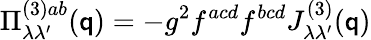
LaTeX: \Pi_{\lambda\lambda^{\prime}}^{(3)ab}(\mathsf{q})=-g^{2}f^{acd}f^{bcd}J_{\lambda\lambda^{\prime}}^{(3)}(\mathsf{q})